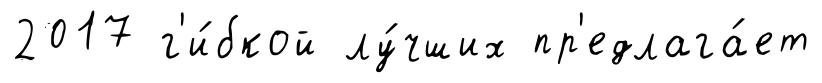
2017 г'и́бкой лу́чших пр'едлага́ет